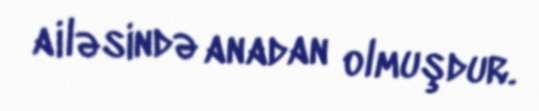
ailəsində anadan olmuşdur.